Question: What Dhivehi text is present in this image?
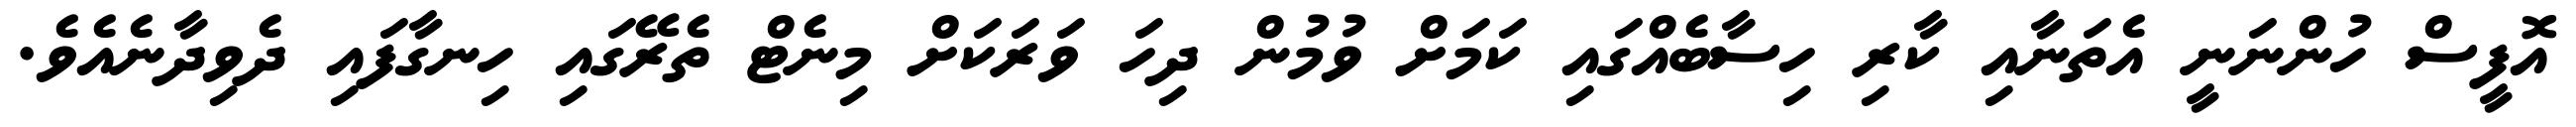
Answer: އޮފީސް ހުންނަނީ އެތަނާއި ކާރި ހިސާބެއްގައި ކަމަށް ވުމުން ދިހަ ވަރަކަށް މިނެޓް ތެރޭގައި ހިނގާފައި ދެވިދާނެއެވެ.